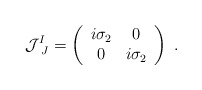
\begin{align*}{\cal J}^I_{~J}=\left(\begin{array}{cc}i\sigma_2 & 0 \\0 & i\sigma_2 \end{array}\right) \ .\end{align*}